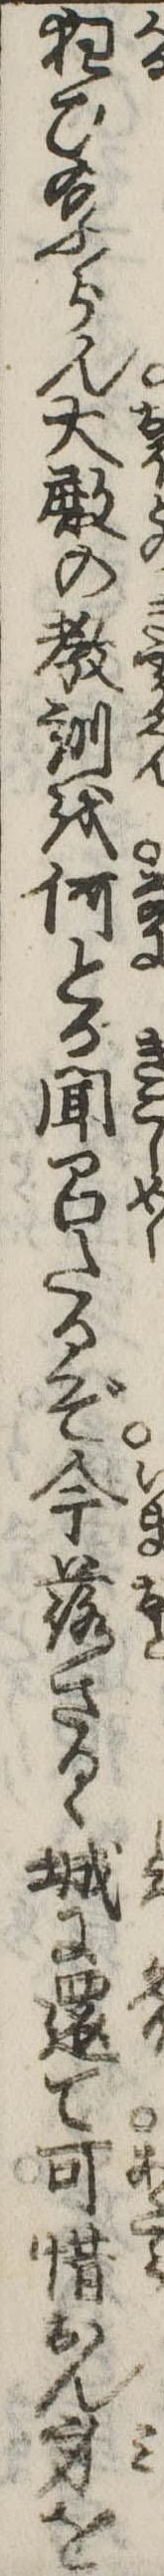
狂ひ給ふらん大殿の教訓を何とか聞召たるぞ今落さるゝ城に還て可惜おん身を